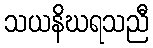
သယနိဃရသညီ